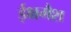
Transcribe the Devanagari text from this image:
ईक्षमैश